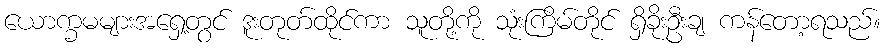
ယောက္ခမများအရှေ့တွင် ဒူးတုတ်ထိုင်ကာ သူတို့ကို သုံးကြိမ်တိုင် ရှိခိုးဦးချ ကန်တော့ရသည်။